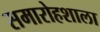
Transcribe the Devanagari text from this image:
समारोहशाला